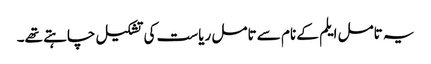
یہ تامل ایلم کے نام سے تامل ریاست کی تشکیل چاہتے تھے۔